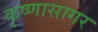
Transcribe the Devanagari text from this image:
कृष्णासागर